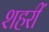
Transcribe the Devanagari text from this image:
शहरीं